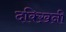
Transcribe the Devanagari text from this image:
दक्ख़िनी